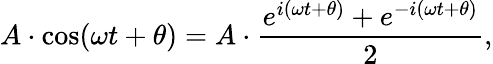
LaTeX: A\cdot\cos(\omega t+\theta)=A\cdot{\frac{e^{i(\omega t+\theta)}+e^{-i(\omega t+\theta)}}{2}},